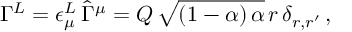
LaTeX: \Gamma ^ { L } = \epsilon _ { \mu } ^ { L } \, \hat { \Gamma } ^ { \mu } = Q \, \sqrt { ( 1 - \alpha ) \, \alpha } \, r \, \delta _ { r , r ^ { \prime } } \, ,